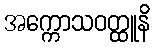
အက္ကောသဝတ္ထူနိ